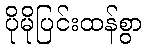
ပိုမိုပြင်းထန်စွာ